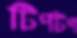
টিপটপ